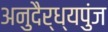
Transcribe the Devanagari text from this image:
अनुदैर्ध्यपुंज